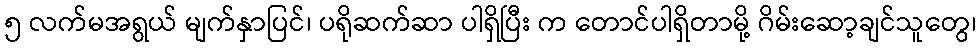
၅ လက်မအရွယ် မျက်နှာပြင်၊ ပရိုဆက်ဆာ ပါရှိပြီး က တောင်ပါရှိတာမို့ ဂိမ်းဆော့ချင်သူတွေ၊